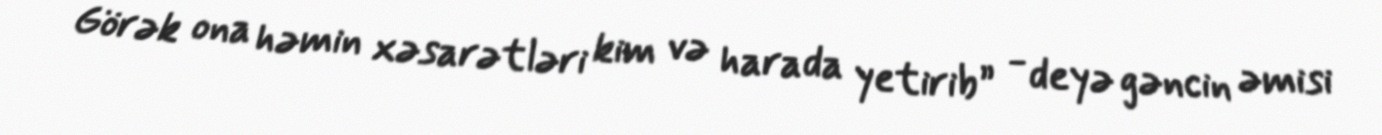
Görək ona həmin xəsarətləri kim və harada yetirib” - deyə gəncin əmisi